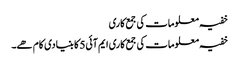
خفیہ معلومات کی جمع کاری
خفیہ معلومات کی جمع کاری ایم آئی5 کا بنیادی کام ھے۔